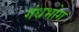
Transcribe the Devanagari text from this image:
गंधभोग